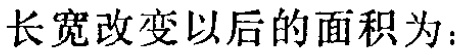
长宽改变以后的面积为：